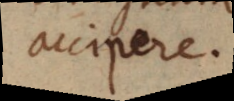
accipere.